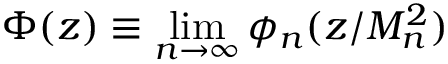
\Phi ( z ) \equiv \operatorname * { l i m } _ { n \rightarrow \infty } \phi _ { n } ( z / M _ { n } ^ { 2 } )